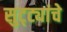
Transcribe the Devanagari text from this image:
सुट्ट्यांचे